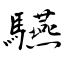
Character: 驠